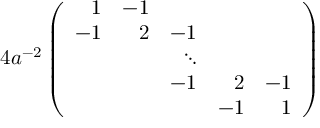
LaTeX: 4 a ^ { - 2 } \left( \begin{array} { r r r r r } { { 1 } } & { { - 1 } } & { { } } & { { } } & { { } } \\ { { - 1 } } & { { 2 } } & { { - 1 } } & { { } } & { { } } \\ { { } } & { { } } & { { \ddots } } & { { } } & { { } } \\ { { } } & { { } } & { { - 1 } } & { { 2 } } & { { - 1 } } \\ { { } } & { { } } & { { } } & { { - 1 } } & { { 1 } } \end{array} \right)